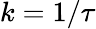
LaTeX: k=1/\tau